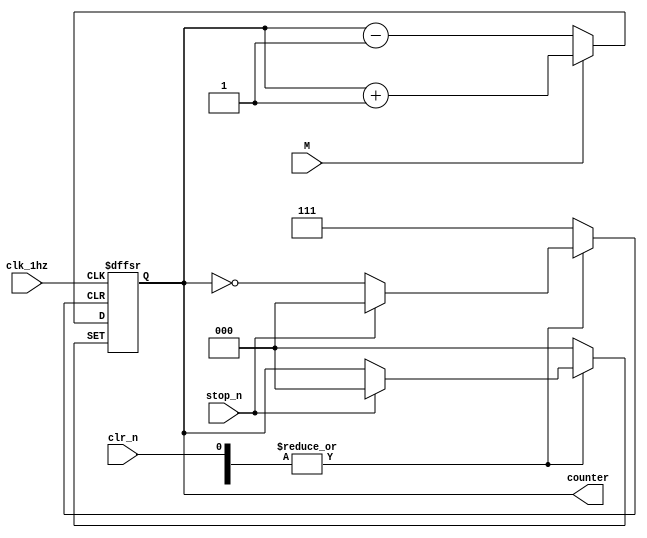
module  counter(//可逆计数器
		//system signals
        input clk_1hz,//分频器输出的时钟频率
		
        //function key
        input clr_n,//clr_n=0时，清零（异步）
        input stop_n,//stop_n=0时，暂停计数（异步）
        input M,//M=1时，递增计数;M=0时，递减计数

		//led output
        output reg [2:0] counter,
        );

    //counter，它的输出将被输入到译码器中
    always  @(posedge clk_1hz or negedge rst_n or negedge clr_n or negedge stop_n) begin
            if(rst_n == 1'b0)//系统复位
                counter <= 3'b000;
            else if(clr_n == 1'b0)
                counter <= 3'b000;//clr_n=0时，清零（异步）
            else if(stop_n == 1'b0) //stop_n=0时，暂停计数（异步）
            counter <= counter;
            else if(M == 1'b1)  //M=1时，递增计数
            counter <= counter + 1'b1;
            else                //M=0时，递减计数
            counter <= counter - 1'b1; 
    end
endmodule